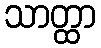
သာတ္ထာ